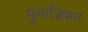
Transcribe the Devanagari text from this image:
मुलाज़िमत